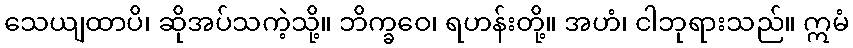
သေယျထာပိ၊ ဆိုအပ်သကဲ့သို့။ ဘိက္ခဝေ၊ ရဟန်းတို့။ အဟံ၊ ငါဘုရားသည်။ ဣမံ